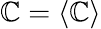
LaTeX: \mathbb{C}=\langle\mathbb{C}\rangle